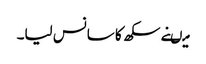
میںنے سکھ کا سانس لیا۔